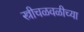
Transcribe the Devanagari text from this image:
स्त्रीचळवळीच्या